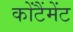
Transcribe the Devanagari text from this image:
कोंटैंमेंट